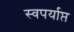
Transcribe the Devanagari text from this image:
स्वपर्याप्त